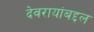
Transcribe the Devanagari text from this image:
देवरायांबद्दल